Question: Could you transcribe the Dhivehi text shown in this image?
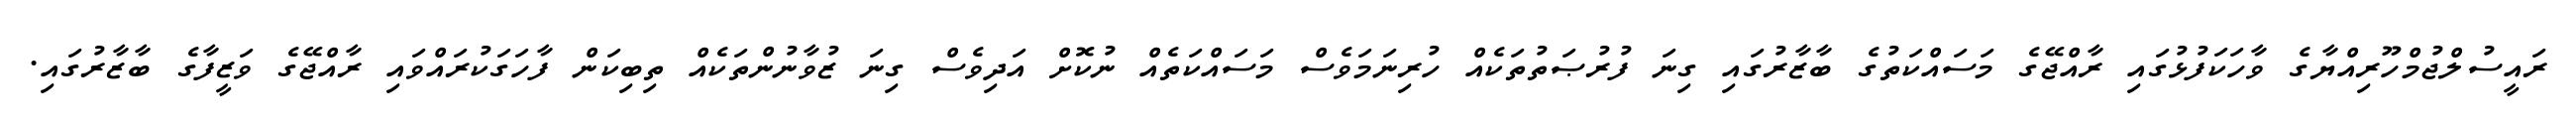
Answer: ރައީސުލްޖުމްހޫރިއްޔާގެ ވާހަކަފުޅުގައި ރާއްޖޭގެ މަސައްކަތުގެ ބާޒާރުގައި ގިނަ ފުރުޞަތުތަކެއް ހުރިނަމަވެސް މަސައްކަތެއް ނުކޮށް އަދިވެސް ގިނަ ޒުވާނުންތަކެއް ތިބިކަން ފާހަގަކުރައްވައި ރާއްޖޭގެ ވަޒީފާގެ ބާޒާރުގައި.